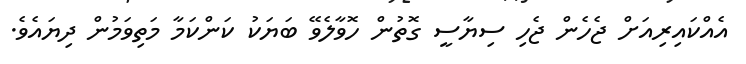
އެއްކައިރިއަށް ޖެހެން ޖެހި ސިޔާސީ ގޮތުން ހޮވާލެވޭ ބަޔަކު ކަންކަމާ މަތިވަމުން ދިޔައެވެ.